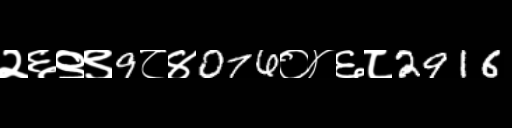
Text: २६९९9८४076०४६८2916